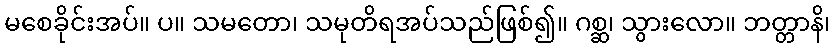
မစေခိုင်းအပ်။ ပ။ သမတော၊ သမုတိရအပ်သည်ဖြစ်၍။ ဂစ္ဆ၊ သွားလော။ ဘတ္တာနိ၊